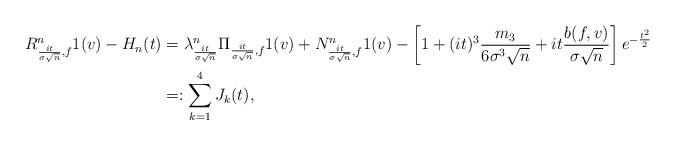
LaTeX: \begin{align*}R^n_{\frac{it}{\sigma \sqrt{n}}, f} 1(v) - H_n(t)& = \lambda^n_{ \frac{it}{\sigma \sqrt{n}} } \Pi_{ \frac{it}{\sigma \sqrt{n}}, f } 1(v) + N_{ \frac{it}{\sigma \sqrt{n}}, f }^n 1(v) - \left[ 1 + (it)^3 \frac{ m_3 }{ 6 \sigma^3 \sqrt{n}} + it \frac{ b(f, v) }{ \sigma \sqrt{n} } \right] e^{- \frac{t^2}{2}} \\& =: \sum_{k=1}^4 J_k(t),\end{align*}